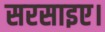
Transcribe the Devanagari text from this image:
सरसाइए।